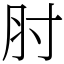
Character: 肘